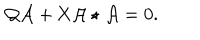
{ \cal Q } \mathcal { A } + \mathrm { X } \mathcal { A } \star \mathcal { A } = 0 .